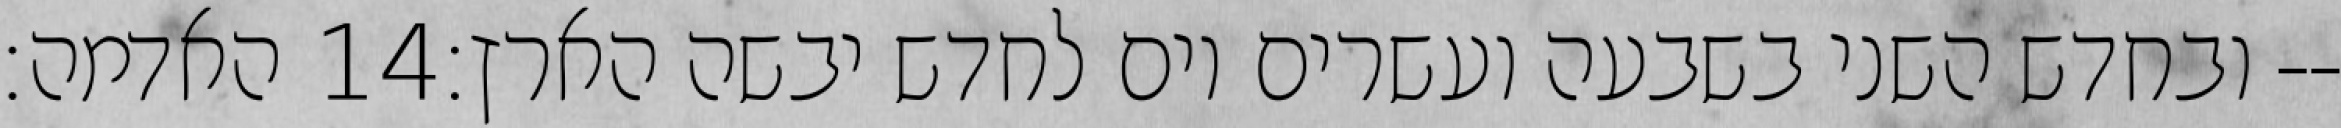
האדמה׃ ‎14‏ ובחדש השני בשבעה ועשרים יום לחדש יבשה הארץ׃--